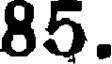
85.